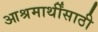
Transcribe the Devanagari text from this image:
आश्रमार्थींसाठी